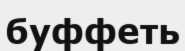
буффеть